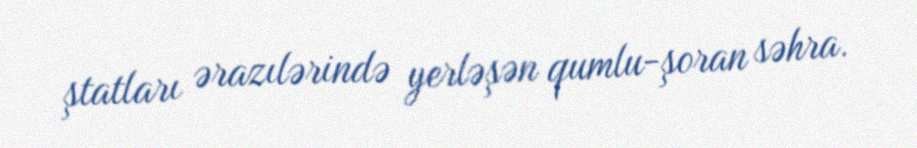
ştatları ərazılərində yerləşən qumlu-şoran səhra.